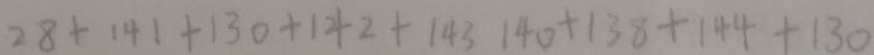
2 8 + 1 4 1 + 1 3 0 + 1 4 2 + 1 4 3 1 4 0 + 1 3 8 + 1 4 4 + 1 3 0